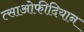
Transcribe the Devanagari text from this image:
त्साओफीदियान